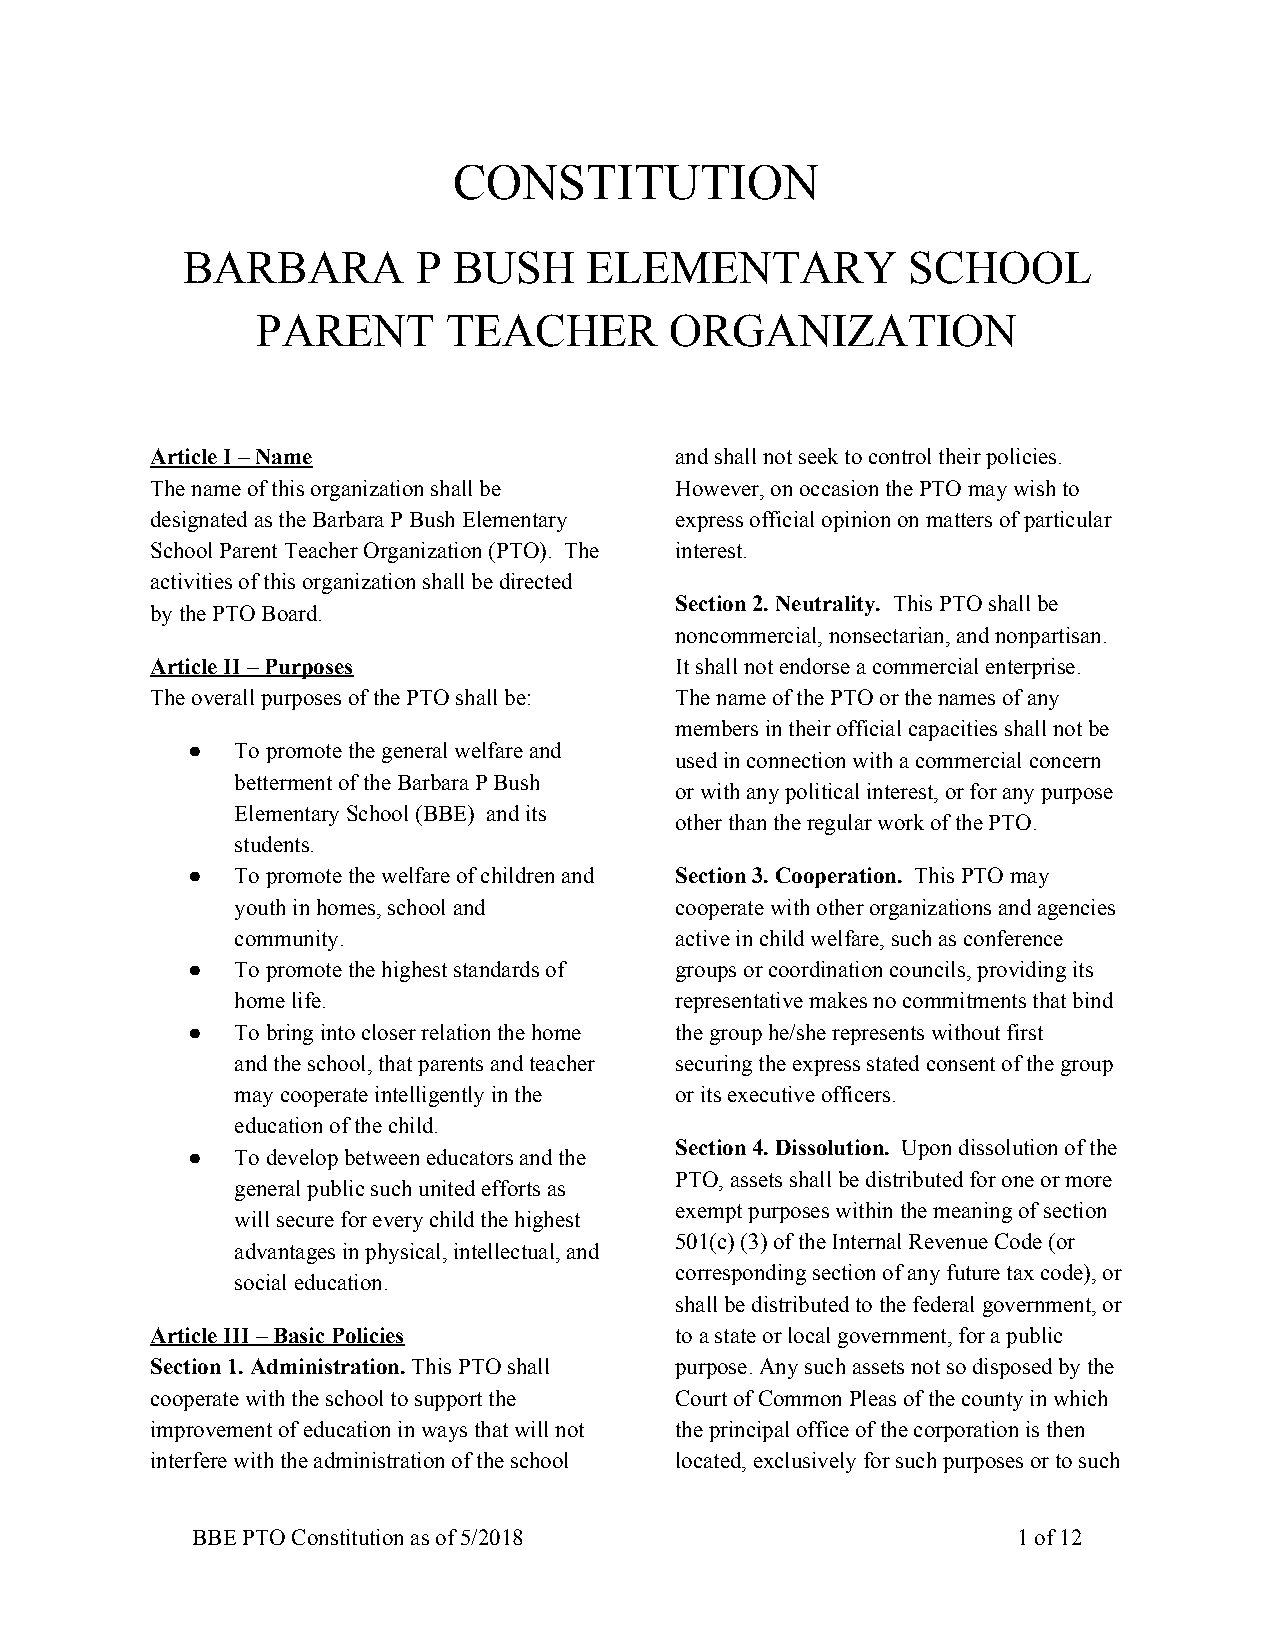
CONSTITUTION
 BARBARA         P BUSH     ELEMENTARY           SCHOOL
 PARENT       TEACHER       ORGANIZATION
 Article I – Name                   and shall not seek to control their policies.
 The name of this organization shall be However, on occasion the PTO may wish to
 designated as the Barbara P Bush Elementary express official opinion on matters of particular
 School Parent Teacher Organization (PTO). The interest.
 activities of this organization shall be directed
 Section 2. Neutrality. This PTO shall be
 by the PTO Board.                               ​
 noncommercial, nonsectarian, and nonpartisan.
 Article II – Purposes              It shall not endorse a commercial enterprise.
 The overall purposes of the PTO shall be: The name of the PTO or the names of any
 members in their official capacities shall not be
 ●   To promote the general welfare and
 used in connection with a commercial concern
 betterment of the Barbara P Bush
 or with any political interest, or for any purpose
 Elementary School (BBE) and its
 other than the regular work of the PTO.
 students.
 ●   To promote the welfare of children and Section 3. Cooperation. This PTO may
 ​
 youth in homes, school and   cooperate with other organizations and agencies
 community.                   active in child welfare, such as conference
 ●   To promote the highest standards of groups or coordination councils, providing its
 home life.                   representative makes no commitments that bind
 ●   To bring into closer relation the home the group he/she represents without first
 and the school, that parents and teacher securing the express stated consent of the group
 may cooperate intelligently in the or its executive officers.
 education of the child.
 Section 4. Dissolution. Upon dissolution of the
 ●   To develop between educators and the       ​
 PTO, assets shall be distributed for one or more
 general public such united efforts as
 exempt purposes within the meaning of section
 will secure for every child the highest
 501(c) (3) of the Internal Revenue Code (or
 advantages in physical, intellectual, and
 corresponding section of any future tax code), or
 social education.
 shall be distributed to the federal government, or
 Article III – Basic Policies       to a state or local government, for a public
 Section 1. Administration. This PTO shall purpose. Any such assets not so disposed by the
 ​
 cooperate with the school to support the Court of Common Pleas of the county in which
 improvement of education in ways that will not the principal office of the corporation is then
 interfere with the administration of the school located, exclusively for such purposes or to such
 BBE PTO Constitution as of 5/2018                     1 of 12